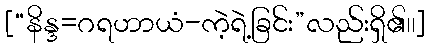
[“နိန္ဒ=ဂရဟာယံ-ကဲ့ရဲ့ခြင်း”လည်းရှိ၏၊၊]